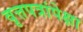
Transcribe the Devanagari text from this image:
वृत्तपत्रांपेक्षा